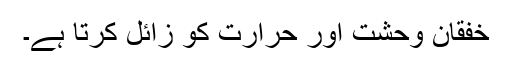
خفقان وحشت اور حرارت کو زائل کرتا ہے۔